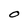
Character: O